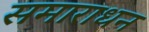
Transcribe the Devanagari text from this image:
समाराधन